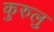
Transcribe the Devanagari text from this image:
कुरुलु